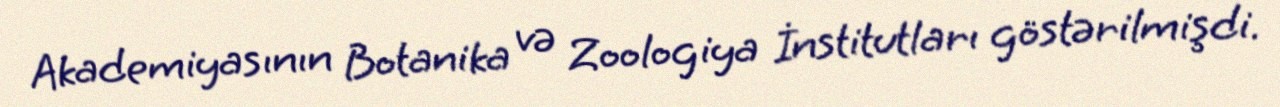
Akademiyasının Botanika və Zoologiya İnstitutları göstərilmişdi.